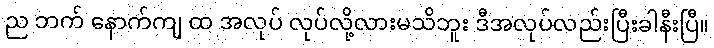
ည ဘက် နောက်ကျ ထ အလုပ် လုပ်လို့လားမသိဘူး ဒီအလုပ်လည်းပြီးခါနီးပြီ။